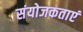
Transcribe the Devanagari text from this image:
संयोजकताएं